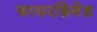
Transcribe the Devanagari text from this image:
फायरब्रिगेड